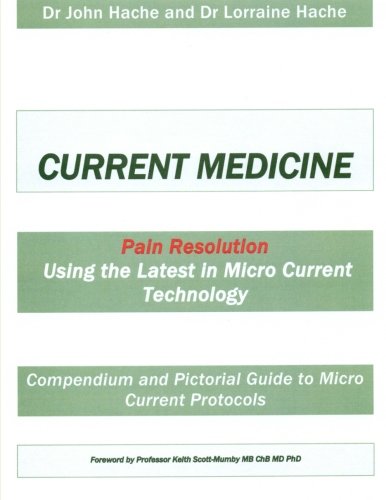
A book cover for Current Medicine: Compendium and Pictorial Guide to Micro Current Protocols; Dr John A Hache; Medical Books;